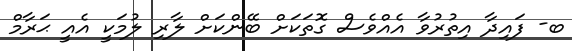
ބ- ފައިދާ އިތުރުވާ އެއްވެސް ގޮތަކަށް ބޭންކަށް ލާރި ލުމަކީ އެއީ ޙަރާމް